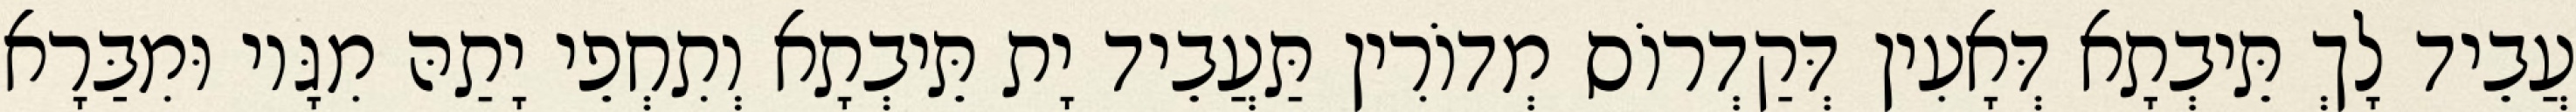
עֲבֵיד לָךְ תֵּיבְתָא דְּאָעִין דְּקַדְרוֹס מְדוֹרִין תַּעֲבֵיד יָת תֵּיבְתָא וְתִחְפֵי יָתַהּ מִגָּיו וּמִבַּרָא